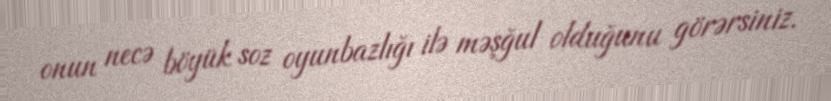
onun necə böyük soz oyunbazlığı ilə məşğul olduğunu görərsiniz.